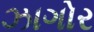
ઝાગોર